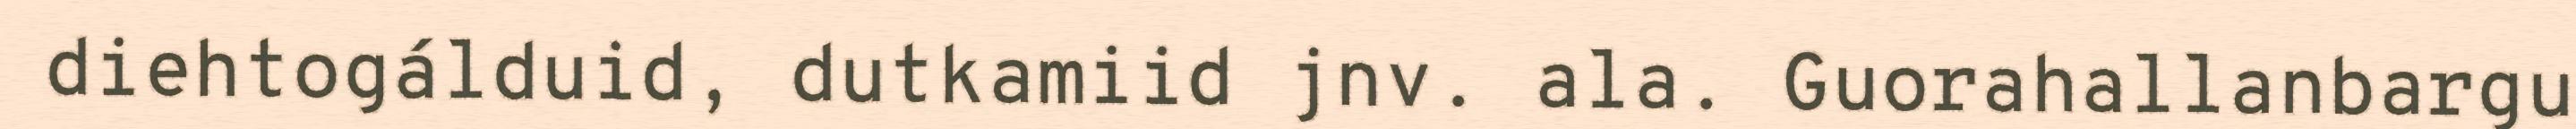
diehtogálduid, dutkamiid jnv. ala. Guorahallanbargu